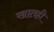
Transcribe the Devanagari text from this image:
खातही